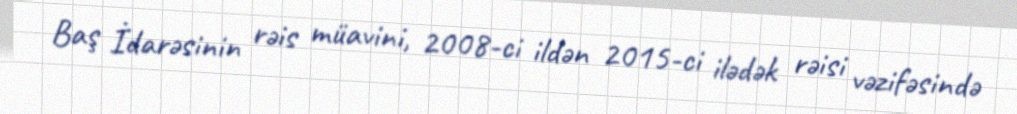
Baş İdarəsinin rəis müavini, 2008-ci ildən 2015-ci ilədək rəisi vəzifəsində